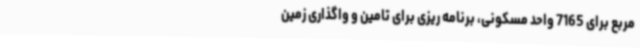
مربع برای 7165 واحد مسکونی، برنامه ریزی برای تامین و واگذاری زمین